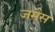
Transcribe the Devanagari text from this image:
जमैस